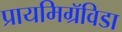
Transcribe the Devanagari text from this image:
प्रायमिग्रॅविडा